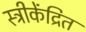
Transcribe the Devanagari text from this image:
स्त्रीकेंद्रित